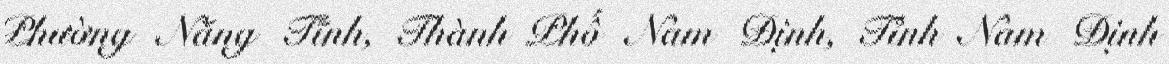
Phường Năng Tĩnh, Thành Phố Nam Định, Tỉnh Nam Định